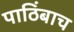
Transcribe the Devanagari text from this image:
पाठिंबाच